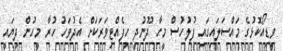
ވީޑިއޯކޮޅުގެ މައްސަލައިގައި ފުލުހުސް މީހާ ދޫނުދީ ހިފެއްޓިވަރަކަށް އެދުވަހު ހުރާ މީހުން ދިޔައީ